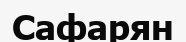
Сафарян